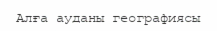
Алға ауданы географиясы